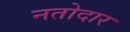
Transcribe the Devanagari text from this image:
नतोदार